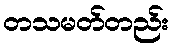
တသမတ်တည်း